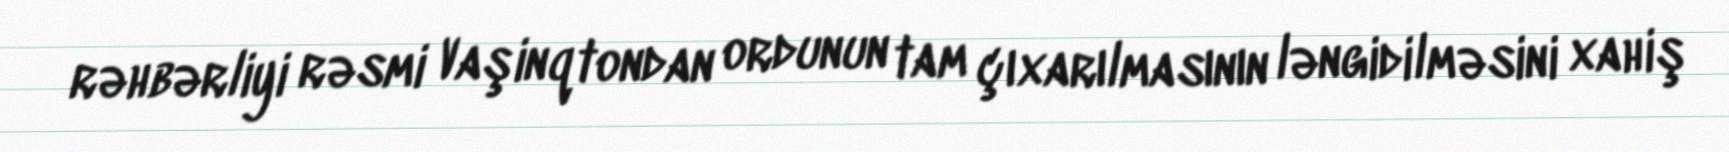
rəhbərliyi rəsmi Vaşinqtondan ordunun tam çıxarılmasının ləngidilməsini xahiş